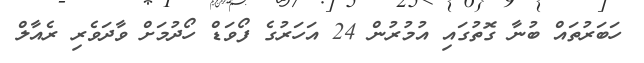
ހަބަރުތައް ބުނާ ގޮތުގައި އުމުރުން 24 އަހަރުގެ ފޯވަޑް ހޯދުމަށް ވާދަވެރި ރެއާލް